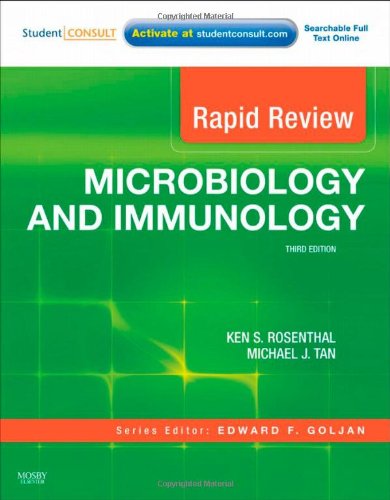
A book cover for Rapid Review Microbiology and Immunology: With STUDENT CONSULT Online Access, 3e; Ken S. Rosenthal PhD; Medical Books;